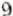
9